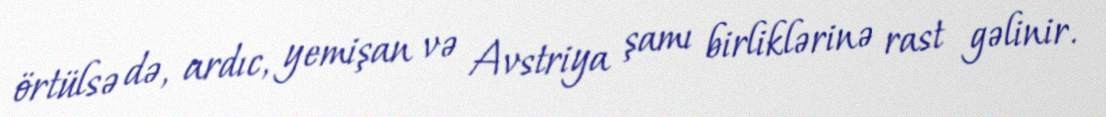
örtülsə də, ardıc, yemişan və Avstriya şamı birliklərinə rast gəlinir.